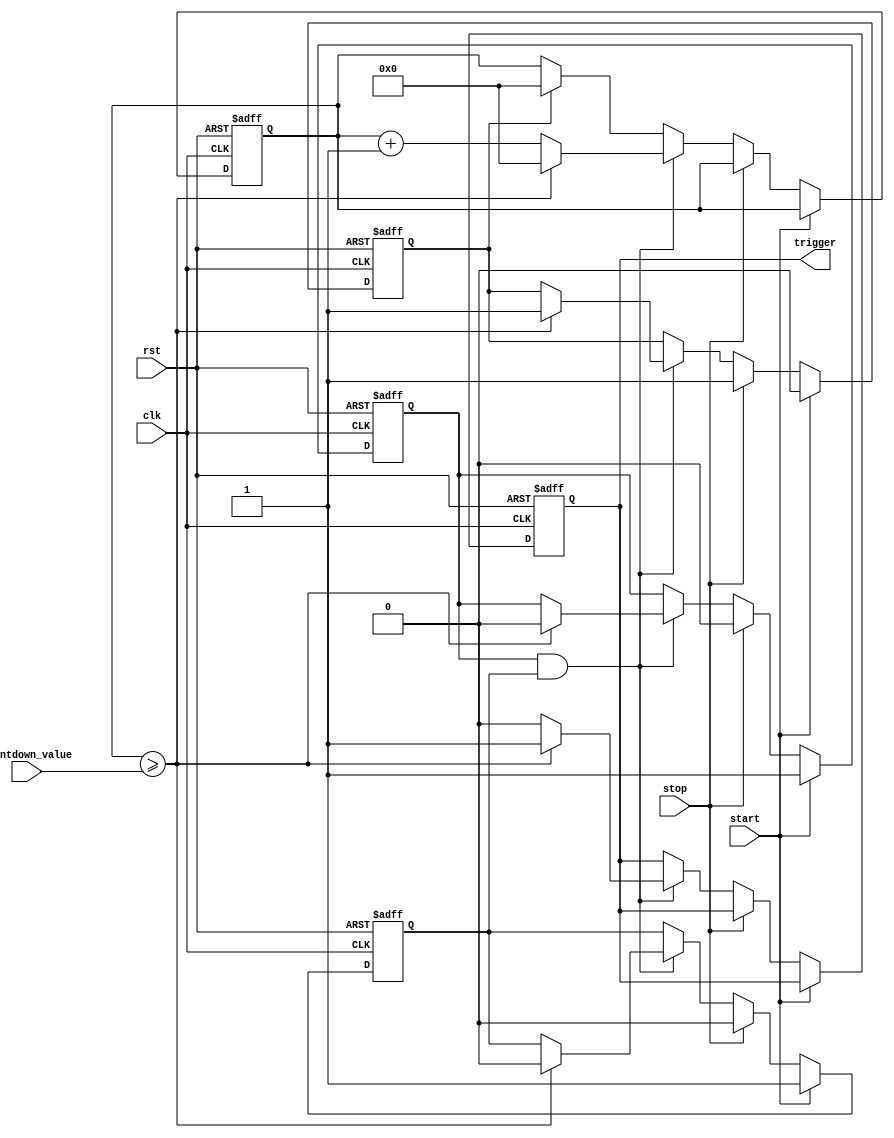
module countdown_timer (
    input wire clk,
    input wire rst,
    input wire start,
    input wire stop,
    input wire [31:0] countdown_value,
    output reg trigger
);

reg [31:0] counter;
reg start_timer;
reg stop_timer;
reg enable_timer;
reg trigger_out;

always @(posedge clk or posedge rst) begin
    if (rst) begin
        counter <= 32'd0;
        start_timer <= 1'b0;
        stop_timer <= 1'b0;
        enable_timer <= 1'b0;
        trigger_out <= 1'b0;
    end else if (start) begin
        start_timer <= 1'b1;
        stop_timer <= 1'b0;
        enable_timer <= 1'b1;
    end else if (stop) begin
        start_timer <= 1'b0;
        stop_timer <= 1'b1;
        enable_timer <= 1'b0;
    end else if (start_timer && enable_timer) begin
        counter <= counter + 1;
        
        if (counter >= countdown_value) begin
            trigger_out <= 1'b1;
            counter <= 32'd0;
            start_timer <= 1'b0;
            stop_timer <= 1'b1;
            enable_timer <= 1'b0;
        end else begin
            trigger_out <= 1'b0;
        end
    end else if (stop_timer) begin
        counter <= 32'd0;
    end
end

assign trigger = trigger_out;

endmodule